Civil Veterinary Department. Madras. Admin. report 1926-33 - 1926-1933
Year: 1926
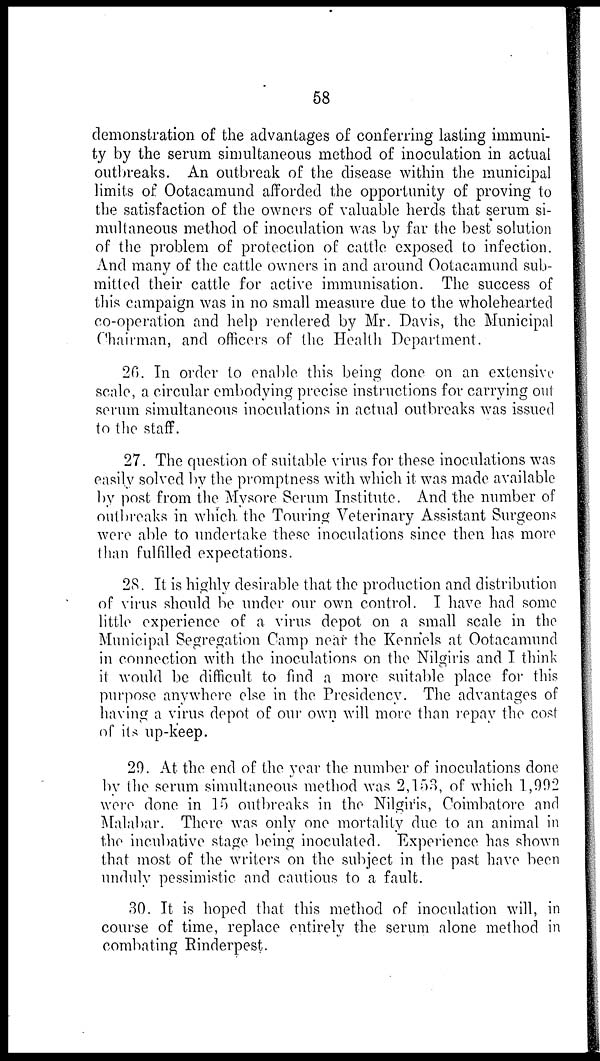
58
demonstration of the advantages of conferring lasting immuni-
ty by the serum simultaneous method of inoculation in actual
outbreaks. An outbreak of the disease within the municipal
limits of Ootacamund afforded the opportunity of proving to
the satisfaction of the owners of valuable herds that serum si-
multaneous method of inoculation was by far the best solution
of the problem of protection of cattle exposed to infection.
And many of the cattle owners in and around Ootacamund sub-
mitted their cattle for active immunisation. The success of
this campaign was in no small measure due to the wholehearted
co-operation and help rendered by Mr. Davis, the Municipal
Chairman, and officers of the Health Department.
20. In order to enable this being done on an extensive
scale, a circular embodying precise instructions for carrying out
serum simultaneous inoculations in actual outbreaks was issued
to the staff.
27. The question of suitable virus for these inoculations was
easily solved by the promptness with which it was made available
by post from the Mysore Serum Institute. And the number of
outbreaks in which the Touring Veterinary Assistant Surgeons
were able to undertake these inoculations since then has more
than fulfilled expectations.
28. It is highly desirable that the production and distribution
of virus should be under our own control. I have had some
little experience of a virus depot on a small scale in the
Municipal Segregation Camp near the Kennels at Ootacamund
in connection with the inoculations on the Nilgiris and I think
it would be difficult to find a more suitable place for this
purpose anywhere else in the Presidency. The advantages of
having a virus depot of our own will more than repay the cost
of its up-keep.
29. At the end of the year the number of inoculations done
by the serum simultaneous method was 2,153, of which 1,902
were done in 15 outbreaks in the Nilgiris, Coimbatore and
Malabar. There was only one mortality due to an animal in
the incubative stage being inoculated. Experience has shown
that most of the writers on the subject in the past have been
unduly pessimistic and cautious to a fault.
30. It is hoped that this method of inoculation will, in
course of time, replace entirely the serum alone method in
combating Rinderpest.